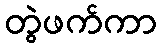
တွဲဖက်ကာ